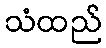
သံထည်